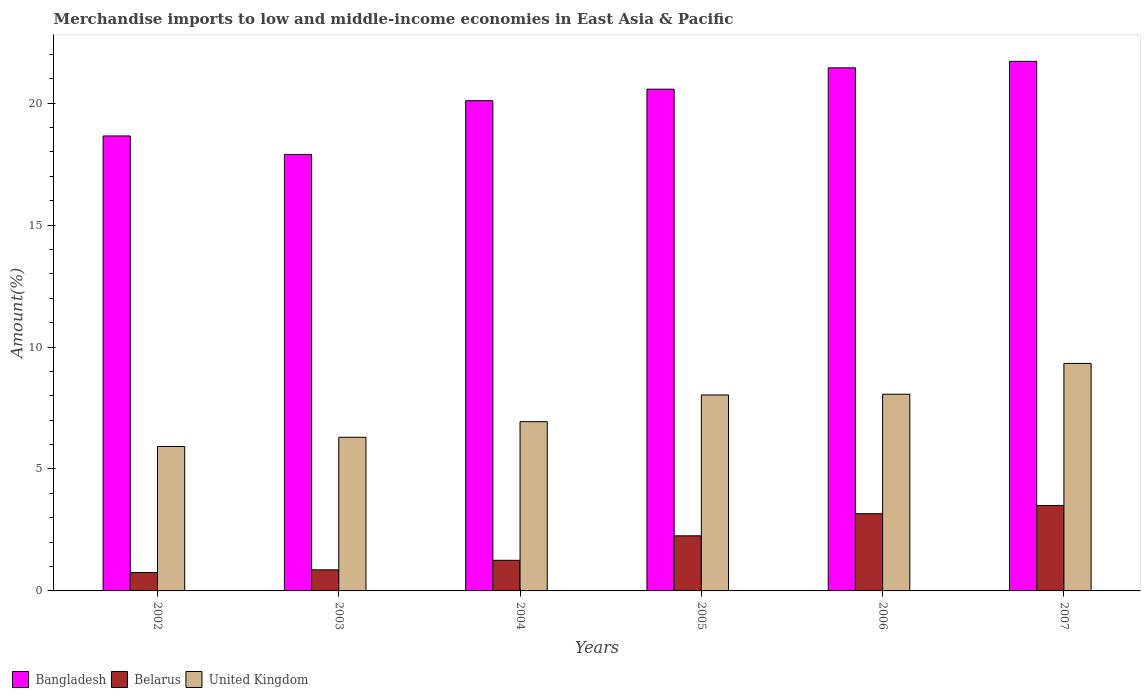
| Years | Bangladesh | Belarus | United Kingdom |
 | --- | --- | --- | --- |
 | 2002 | 18.7 | 0.752 | 5.92 |
 | 2003 | 17.9 | 0.864 | 6.3 |
 | 2004 | 20.1 | 1.25 | 6.94 |
 | 2005 | 20.6 | 2.26 | 8.03 |
 | 2006 | 21.4 | 3.17 | 8.06 |
 | 2007 | 21.7 | 3.5 | 9.33 |